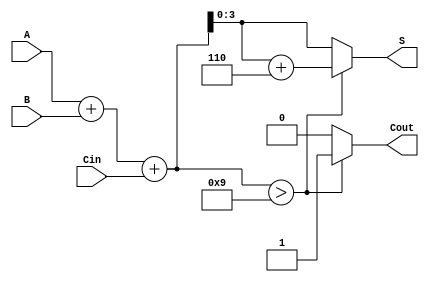
module BCD_Hybrid_Adder (
    input [3:0] A,        // 4-bit BCD input A
    input [3:0] B,        // 4-bit BCD input B
    input Cin,            // Carry-in input
    output reg [3:0] S,   // 4-bit BCD output S
    output reg Cout       // Carry-out output
);

    wire [4:0] Sum;       // 5-bit sum to accommodate carry
    wire correction_needed; // Flag for correction

    // Step 1: Binary addition
    assign Sum = A + B + Cin;

    // Step 2: Determine if correction is needed
    assign correction_needed = Sum > 5'b01001; // Check if Sum > 9

    // Step 3: Compute the final BCD result and carry-out
    always @(*) begin
        if (correction_needed) begin
            S = Sum + 5'b00110; // Add 6 (0110) to correct BCD
            Cout = 1;           // Set carry-out
        end else begin
            S = Sum[3:0];       // Take lower 4 bits as result
            Cout = 0;           // No carry-out
        end
    end

endmodule